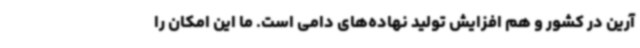
آرین در کشور و هم افزایش تولید نهاده‌های دامی است. ما این امکان را